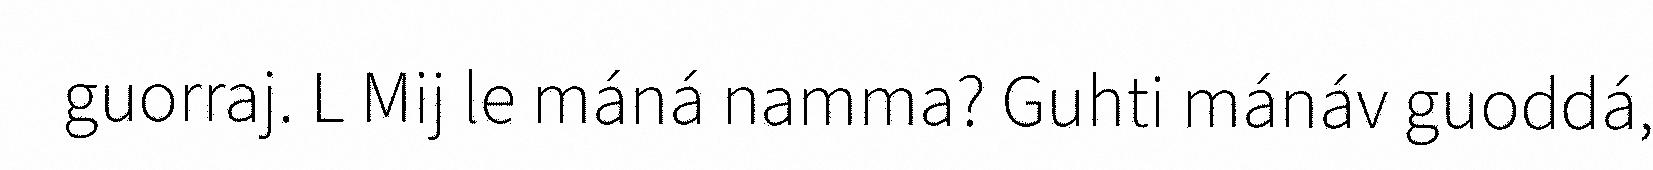
guorraj. L Mij le máná namma? Guhti mánáv guoddá,